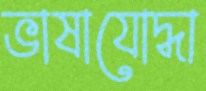
ভাষাযোদ্ধা